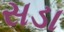
સડા